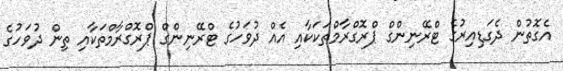
އެގޮތުން ދެގަޑިއިރުގެ ޓްރޭނިންގް ޕްރޮގްރާމްތަކަކާއި އެއް ދުވަހުގެ ޓްރޭނިންގް ޕްރޮގްރާމްތަކާއި ތިން ދުވަހުގެ